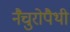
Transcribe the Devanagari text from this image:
नैचुरोपैथी